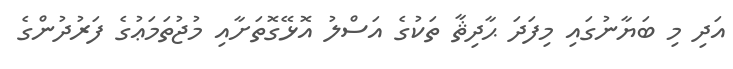
އަދި މި ބަޔާނުގައި މިފަދަ ޙާދިޘާ ތަކުގެ އަސްލު އޮޅޭގޮތަށާއި މުޖުތަމަޢުގެ ފަރުދުންގެ